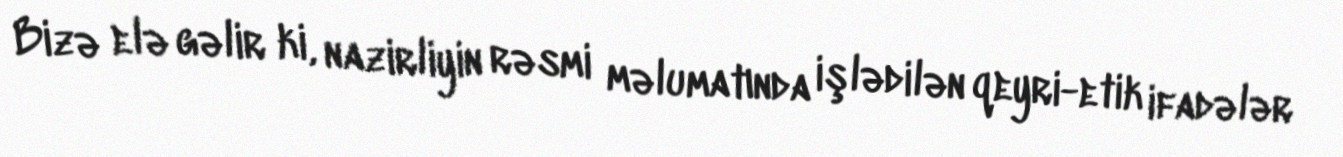
Bizə elə gəlir ki, nazirliyin rəsmi məlumatında işlədilən qeyri-etik ifadələr